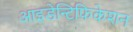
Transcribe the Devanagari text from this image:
आइडेन्टिफिकेशन